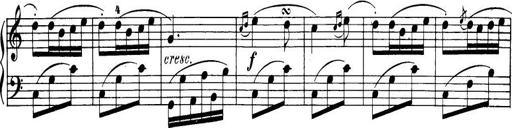
Title: 32 Sonatinas and Rondos for the Piano
Composer: Richard Kleinmichel